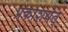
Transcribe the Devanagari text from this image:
प्रकाशयेत्